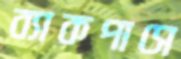
ব্যাকপাসে